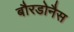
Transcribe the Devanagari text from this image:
बौरडोनैस